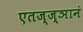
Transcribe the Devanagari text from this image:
एतज्ज्ञानं